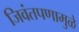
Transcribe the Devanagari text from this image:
जिवंतपणामुळे